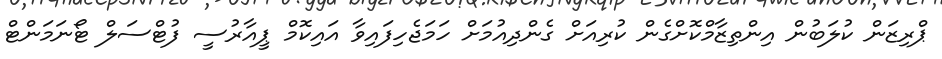
ޕްރިޒަން ކުލަބުން އިންތިޒާމްކޮށްގެން ކުރިއަށް ގެންދިއުމަށް ހަމަޖެހިފައިވާ އައިކޮމް ޕީއާރުސީ ފުޓްސަލް ޓޯނަމަންޓް